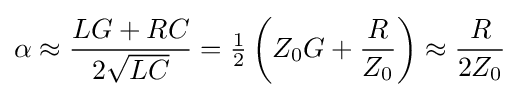
\alpha \approx {\frac {LG+RC}{2{\sqrt {LC}}}}={\tfrac {1}{2}}\left(Z_{0}G+{\frac {R}{Z_{0}}}\right)\approx {\frac {R}{2Z_{0}}}